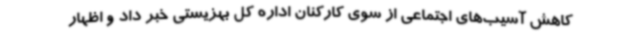
کاهش آسیب‌های اجتماعی از سوی کارکنان اداره کل بهزیستی خبر داد و اظهار